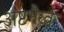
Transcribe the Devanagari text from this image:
अष्टभैरव